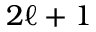
2 \ell + 1